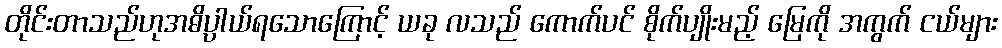
တိုင်းတာသည်ဟုအဓိပ္ပါယ်ရသောကြောင့် ယခု လသည် ကောက်ပင် စိုက်ပျိုးမည့် မြေကို အကွက် ငယ်များ